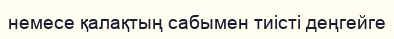
немесе қалақтың сабымен тиісті деңгейге